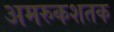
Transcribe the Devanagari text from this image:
अमरुकशतक